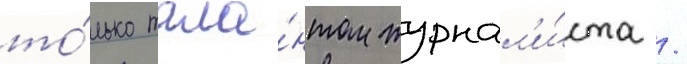
то́лько тала́нтом журнал'и́ста /